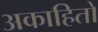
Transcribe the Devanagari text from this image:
अकाहितो